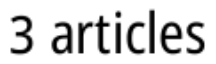
3 articles